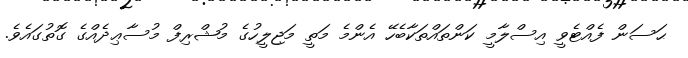
ޙަސަން ފެއްޓެވީ އިސްލާމީ ކަންތައްތަކާބެހޭ އެންމެ މަތީ މަޖިލީހުގެ މުޝްރިފް މުސާޢިދެއްގެ ގޮތުގައެވެ.